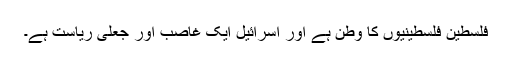
فلسطین فلسطینیوں کا وطن ہے اور اسرائیل ایک غاصب اور جعلی ریاست ہے۔